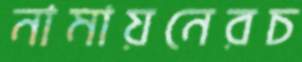
নামায়নেরচ